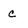
Character: C